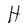
Character: H